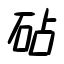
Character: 砧